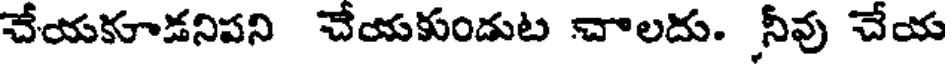
చేయకూడనిపని చేయకుండుట చాలదు. నీవు చేయ